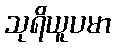
သုရိယူပမာ